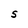
Character: S